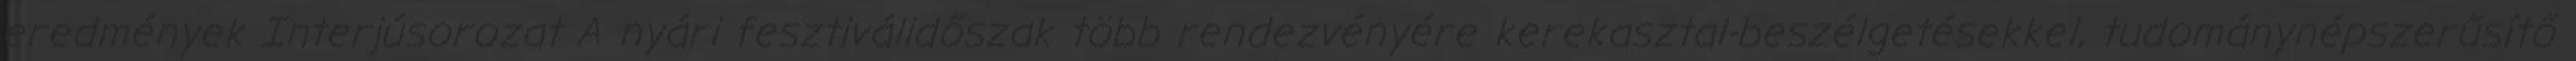
eredmények Interjúsorozat A nyári fesztiválidőszak több rendezvényére kerekasztal-beszélgetésekkel, tudománynépszerűsítő